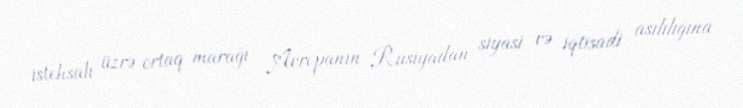
istehsalı üzrə ortaq marağı Avropanın Rusiyadan siyasi və iqtisadi asılılığına